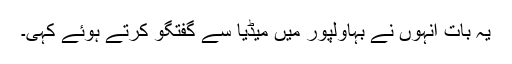
یہ بات انہوں نے بہاولپور میں میڈیا سے گفتگو کرتے ہوئے کہی۔